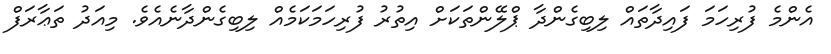
އެންމެ ފުރިހަމަ ފައިދާތައް ލިބިގެންދާ ޕްލޭންތަކަށް އިތުރު ފުރިހަމަކަމެއް ލިބިގެންދާނެއެވެ. މިއަދު ތަޢާރަފް